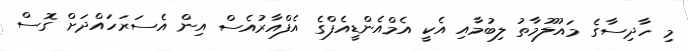
މި ހާދިސާގެ މައުލޫމާތު ލިބުމާއި އެކީ އެމްއެންޑީއެފްގެ އެފްއާރުއެސް އިން އެސަރަހައްދަށް ގޮސް